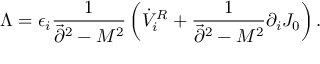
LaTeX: \Lambda = \epsilon _ { i } { \frac { 1 } { \vec { \partial } ^ { 2 } - M ^ { 2 } } } \left( \dot { V } _ { i } ^ { R } + { \frac { 1 } { \vec { \partial } ^ { 2 } - M ^ { 2 } } } \partial _ { i } J _ { 0 } \right) .